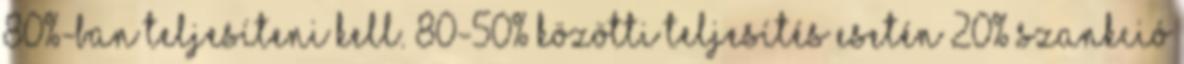
80%-ban teljesíteni kell. 80-50% közötti teljesítés esetén 20% szankció